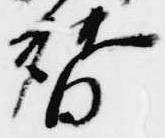
替